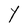
Character: Y